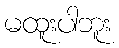
မထူးပါဘူး